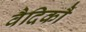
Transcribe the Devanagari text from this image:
वैदिकौं